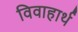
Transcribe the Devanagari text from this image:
विवाहार्थ